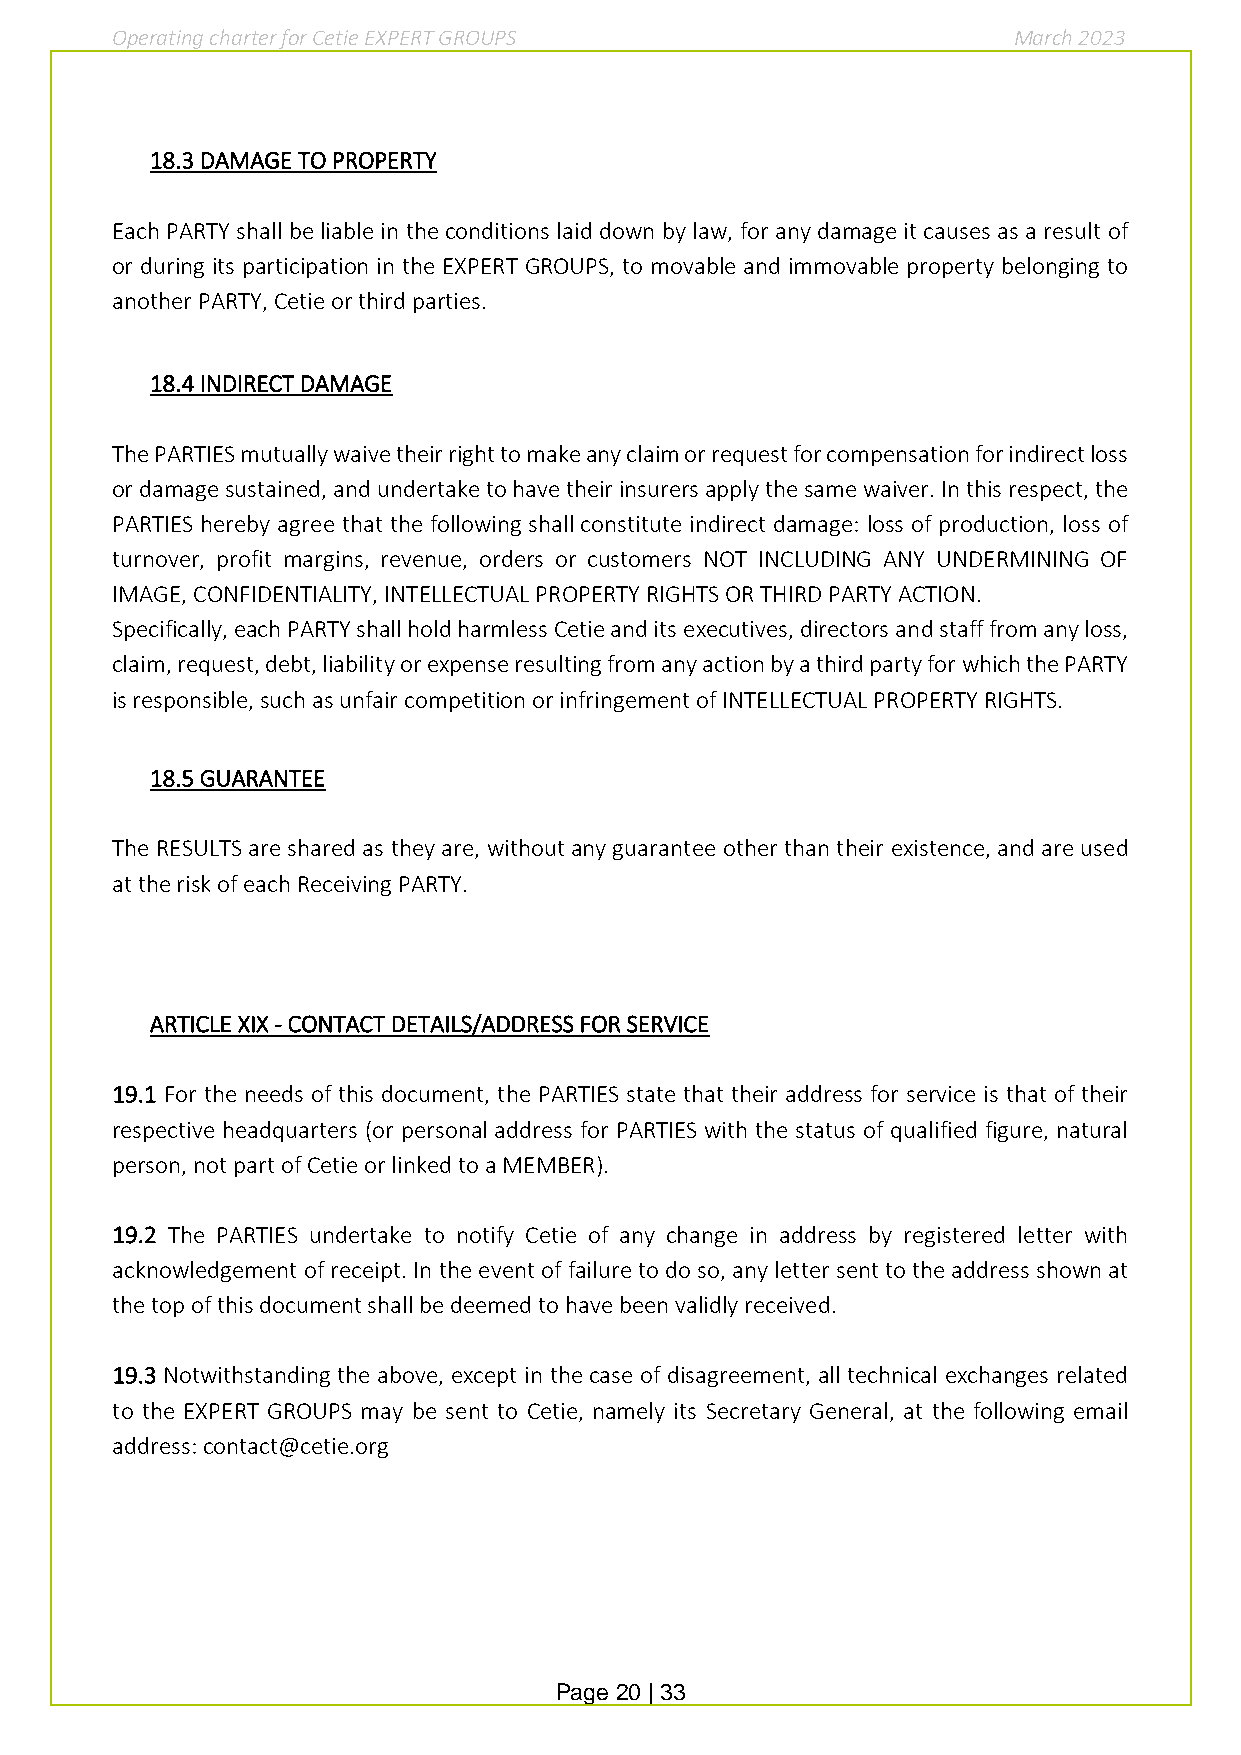
Operating charter for Cetie EXPERT GROUPS                   March 2023
 18.3 DAMAGE TO PROPERTY
 Each PARTY shall be liable in the conditions laid down by law, for any damage it causes as a result of
 or during its participation in the EXPERT GROUPS, to movable and immovable property belonging to
 another PARTY, Cetie or third parties.
 18.4 INDIRECT DAMAGE
 The PARTIES mutually waive their right to make any claim or request for compensation for indirect loss
 or damage sustained, and undertake to have their insurers apply the same waiver. In this respect, the
 PARTIES hereby agree that the following shall constitute indirect damage: loss of production, loss of
 turnover, profit margins, revenue, orders or customers NOT INCLUDING ANY UNDERMINING OF
 IMAGE, CONFIDENTIALITY, INTELLECTUAL PROPERTY RIGHTS OR THIRD PARTY ACTION.
 Specifically, each PARTY shall hold harmless Cetie and its executives, directors and staff from any loss,
 claim, request, debt, liability or expense resulting from any action by a third party for which the PARTY
 is responsible, such as unfair competition or infringement of INTELLECTUAL PROPERTY RIGHTS.
 18.5 GUARANTEE
 The RESULTS are shared as they are, without any guarantee other than their existence, and are used
 at the risk of each Receiving PARTY.
 ARTICLE XIX - CONTACT DETAILS/ADDRESS FOR SERVICE
 19.1 For the needs of this document, the PARTIES state that their address for service is that of their
 respective headquarters (or personal address for PARTIES with the status of qualified figure, natural
 person, not part of Cetie or linked to a MEMBER).
 19.2 The PARTIES undertake to notify Cetie of any change in address by registered letter with
 acknowledgement of receipt. In the event of failure to do so, any letter sent to the address shown at
 the top of this document shall be deemed to have been validly received.
 19.3 Notwithstanding the above, except in the case of disagreement, all technical exchanges related
 to the EXPERT GROUPS may be sent to Cetie, namely its Secretary General, at the following email
 address: contact@cetie.org
 Page 20 | 33